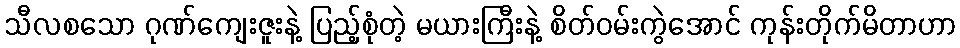
သီလစသော ဂုဏ်ကျေးဇူးနဲ့ ပြည့်စုံတဲ့ မယားကြီးနဲ့ စိတ်ဝမ်းကွဲအောင် ကုန်းတိုက်မိတာဟာ